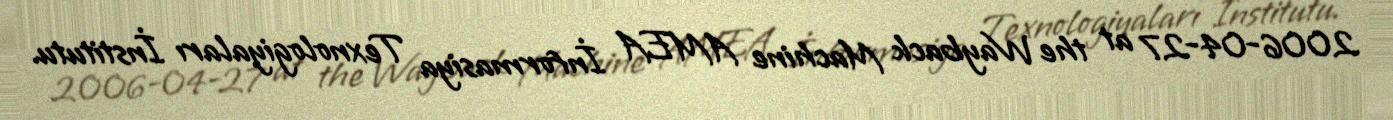
2006-04-27 at the Wayback Machine AMEA İnformasiya Texnologiyaları İnstitutu.